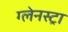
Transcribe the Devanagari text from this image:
ग्लेनस्ट्रा